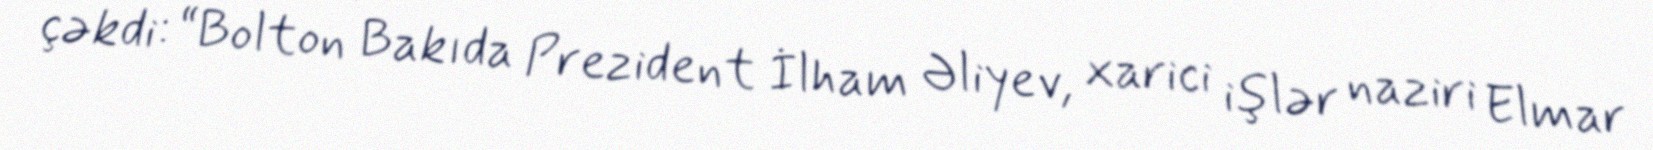
çəkdi: “Bolton Bakıda Prezident İlham Əliyev, xarici işlər naziri Elmar